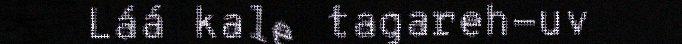
Láá kale tagareh-uv